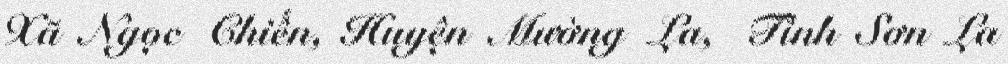
Xã Ngọc Chiến, Huyện Mường La, Tỉnh Sơn La